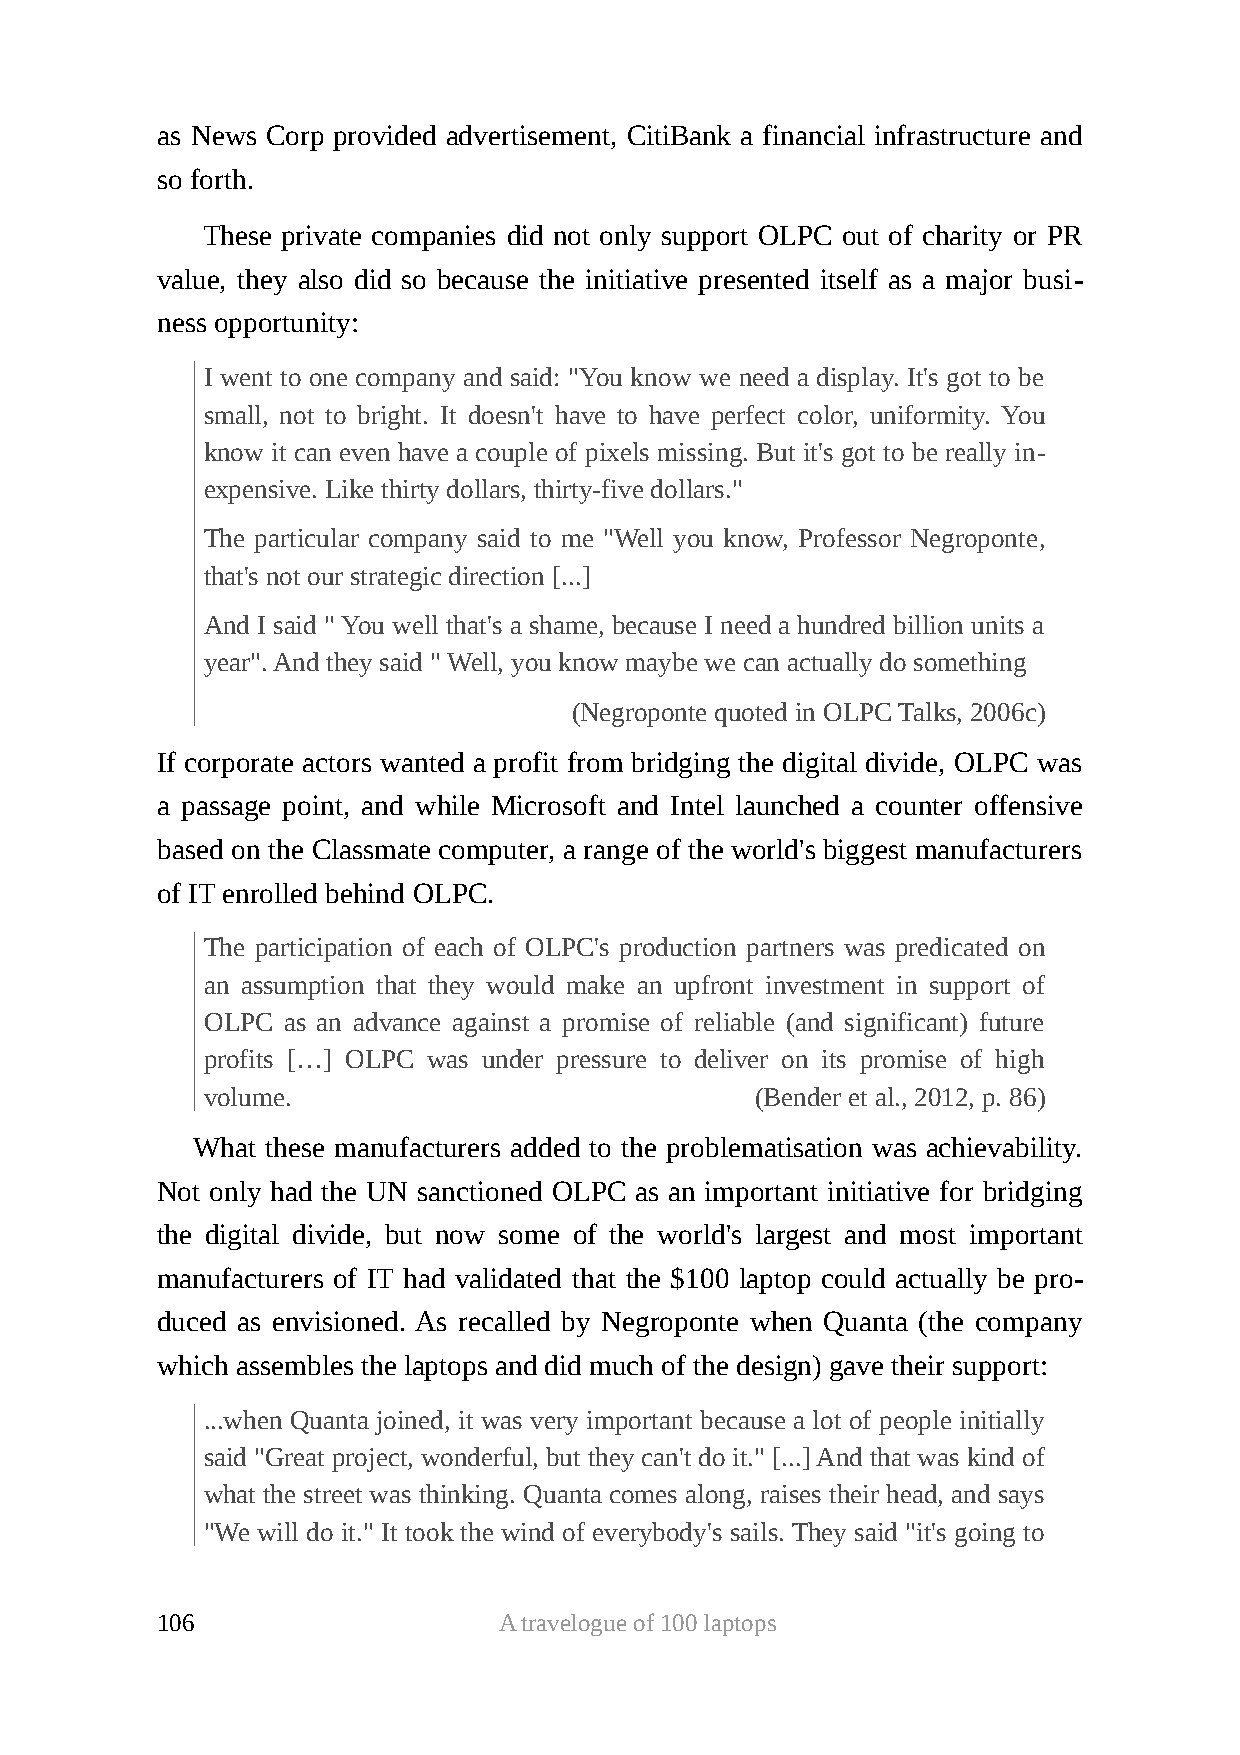
as News Corp provided advertisement, CitiBank a financial infrastructure and
 so forth.
 These private companies did not only support OLPC out of charity or PR
 value, they also did so because the initiative presented itself as a major busi-
 ness opportunity:
 I went to one company and said: "You know we need a display. It's got to be
 small, not to bright. It doesn't have to have perfect color, uniformity. You
 know it can even have a couple of pixels missing. But it's got to be really in-
 expensive. Like thirty dollars, thirty-five dollars."
 The particular company said to me "Well you know, Professor Negroponte,
 that's not our strategic direction [...]
 And I said " You well that's a shame, because I need a hundred billion units a
 year". And they said " Well, you know maybe we can actually do something
 (Negroponte quoted in OLPC Talks, 2006c)
 If corporate actors wanted a profit from bridging the digital divide, OLPC was
 a passage point, and while Microsoft and Intel launched a counter offensive
 based on the Classmate computer, a range of the world's biggest manufacturers
 of IT enrolled behind OLPC.
 The participation of each of OLPC's production partners was predicated on
 an assumption that they would make an upfront investment in support of
 OLPC as an advance against a promise of reliable (and significant) future
 profits […] OLPC was under pressure to deliver on its promise of high
 volume.                             (Bender et al., 2012, p. 86)
 What these manufacturers added to the problematisation was achievability.
 Not only had the UN sanctioned OLPC as an important initiative for bridging
 the digital divide, but now some of the world's largest and most important
 manufacturers of IT had validated that the $100 laptop could actually be pro-
 duced as envisioned. As recalled by Negroponte when Quanta (the company
 which assembles the laptops and did much of the design) gave their support:
 ...when Quanta joined, it was very important because a lot of people initially
 said "Great project, wonderful, but they can't do it." [...] And that was kind of
 what the street was thinking. Quanta comes along, raises their head, and says
 "We will do it." It took the wind of everybody's sails. They said "it's going to
 106                    A travelogue of 100 laptops